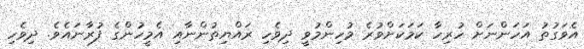
އެވަގުތު އަހަންނަށް ހުރިހާ ކަމަކަށްވުރެ މުހިންމުވީ ދިވެހި ރައްޔިތުންނާއި އެމީހުންގެ ފުރާނައެވެ. ދިވެހި